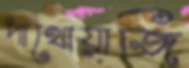
পাখোয়াজি